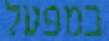
במפעל